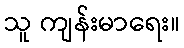
သူ ကျန်းမာရေး။